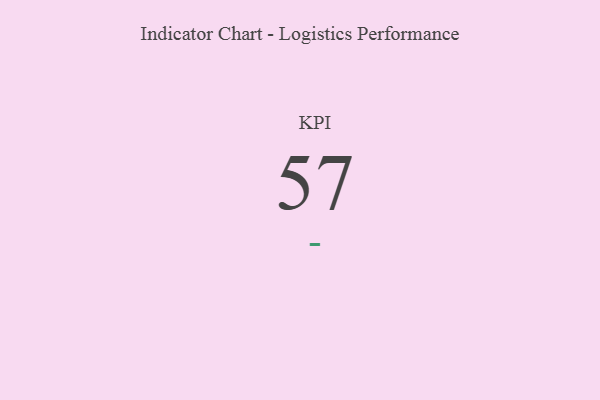
{"axis": {"x": "KPI", "y": "Value"}, "legend": [""], "data": [{"x": "KPI", "y": 57, "type": ""}]}